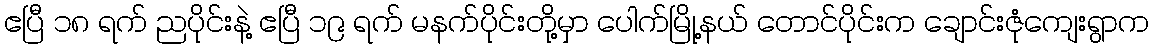
ဧပြီ ၁၈ ရက် ညပိုင်းနဲ့ ဧပြီ ၁၉ ရက် မနက်ပိုင်းတို့မှာ ပေါက်မြို့နယ် တောင်ပိုင်းက ချောင်းဇုံကျေးရွာက